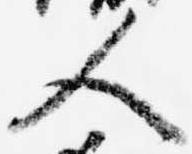
人